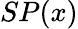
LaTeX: SP(x)